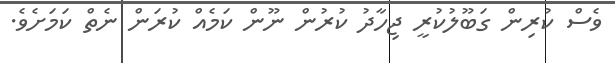
ވެސް ކުރިން ގަބޫލުކުރީ ޖިހާދު ކުރުން ނޫން ކަމެއް ކުރަން ނެތް ކަމަށެވެ.